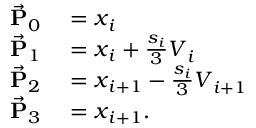
\begin{array} { r l } { \vec { \bf P } _ { 0 } } & { { } = \ensuremath { \boldsymbol { x } } _ { i } } \\ { \vec { \bf P } _ { 1 } } & { { } = \ensuremath { \boldsymbol { x } } _ { i } + \frac { s _ { i } } { 3 } \ensuremath { \boldsymbol { V } } _ { i } } \\ { \vec { \bf P } _ { 2 } } & { { } = \ensuremath { \boldsymbol { x } } _ { i + 1 } - \frac { s _ { i } } { 3 } \ensuremath { \boldsymbol { V } } _ { i + 1 } } \\ { \vec { \bf P } _ { 3 } } & { { } = \ensuremath { \boldsymbol { x } } _ { i + 1 } . } \end{array}